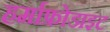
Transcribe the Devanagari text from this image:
हर्माफ्रोडाइट